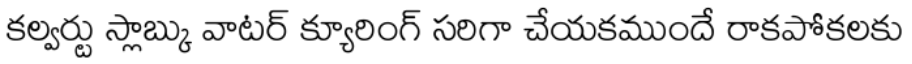
కల్వర్టు స్లాబ్కు వాటర్ క్యూరింగ్ సరిగా చేయకముందే రాకపోకలకు